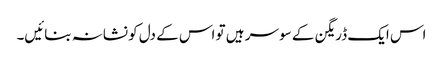
اس ایک ڈریگن کے سو سر ہیں تو اس کے دل کو نشانہ بنائیں۔